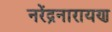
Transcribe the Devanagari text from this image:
नरेंद्रनारायण